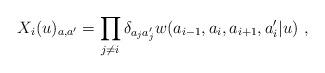
LaTeX: \begin{align*}X_i(u)_{a,a'}=\prod_{j\not=i}\delta_{a_ja'_j} w(a_{i-1},a_i,a_{i+1},a_i'|u)~,\end{align*}